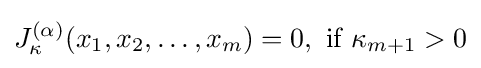
J_{\kappa }^{(\alpha )}(x_{1},x_{2},\ldots ,x_{m})=0,{\mbox{ if }}\kappa _{m+1}>0